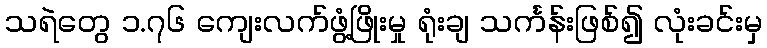
သရဲတွေ ၁.၇၆ ကျေးလက်ဖွံ့ဖြိုးမှု ရုံးချ သင်္ကန်းဖြစ်၍ လုံးခင်းမှ